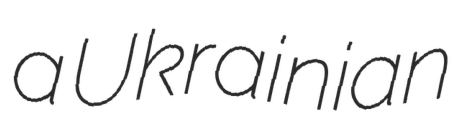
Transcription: a Ukrainian